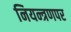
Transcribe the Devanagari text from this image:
नियन्त्रणपर